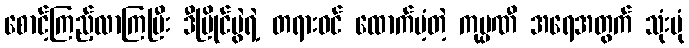
စောင့်ကြည့်လာကြပြီး ဒီပြိုင်ပွဲရဲ့ တရားဝင် ထောက်ပံ့တဲ့ ကုမ္ပဏီ အရေအတွက် သုံးပုံ